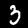
Label: 3